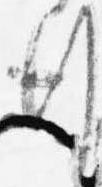
行